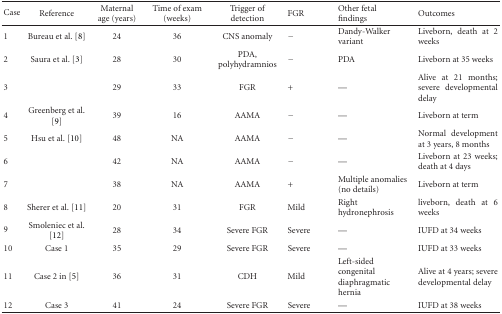
<table><thead><tr><td><b>Case</b></td><td><b>Reference</b></td><td><b>Maternal age (years)</b></td><td><b>Time of exam (weeks)</b></td><td><b>Trigger of detection</b></td><td><b>FGR</b></td><td><b>Other fetalfindings</b></td><td><b>Outcomes</b></td></tr></thead><tbody><tr><td>1</td><td>Bureau et al. [8]</td><td>24</td><td>36</td><td>CNS anomaly</td><td>−</td><td>Dandy-Walker variant</td><td>Liveborn, death at 2 weeks</td></tr><tr><td>2</td><td>Saura et al. [3]</td><td>28</td><td>30</td><td>PDA, polyhydramnios</td><td>−</td><td>PDA</td><td>Liveborn at 35 weeks</td></tr><tr><td>3</td><td>[EMPTY_CELL]</td><td>29</td><td>33</td><td>FGR</td><td>+</td><td>—</td><td>Alive at 21 months; severe developmental delay</td></tr><tr><td>4</td><td>Greenberg et al. [9]</td><td>39</td><td>16</td><td>AAMA</td><td>−</td><td>—</td><td>Liveborn at term</td></tr><tr><td>5</td><td>Hsu et al. [10]</td><td>48</td><td>NA</td><td>AAMA</td><td>−</td><td>—</td><td>Normal development at 3 years, 8 months</td></tr><tr><td>6</td><td>[EMPTY_CELL]</td><td>42</td><td>NA</td><td>AAMA</td><td>−</td><td>—</td><td>Liveborn at 23 weeks; death at 4 days</td></tr><tr><td>7</td><td>[EMPTY_CELL]</td><td>38</td><td>NA</td><td>AAMA</td><td>+</td><td>Multiple anomalies (no details)</td><td>Liveborn at term</td></tr><tr><td>8</td><td>Sherer et al. [11]</td><td>20</td><td>31</td><td>FGR</td><td>Mild</td><td>Right hydronephrosis</td><td>liveborn, death at 6 weeks</td></tr><tr><td>9</td><td>Smoleniec et al. [12]</td><td>28</td><td>34</td><td>Severe FGR</td><td>Severe</td><td>—</td><td>IUFD at 34 weeks</td></tr><tr><td>10</td><td>Case 1</td><td>35</td><td>29</td><td>Severe FGR</td><td>Severe</td><td>—</td><td>IUFD at 33 weeks</td></tr><tr><td>11</td><td>Case 2 in [5]</td><td>36</td><td>31</td><td>CDH</td><td>Mild</td><td>Left-sided congenital diaphragmatic hernia</td><td>Alive at 4 years; severe developmental delay</td></tr><tr><td>12</td><td>Case 3</td><td>41</td><td>24</td><td>Severe FGR</td><td>Severe</td><td>—</td><td>IUFD at 38 weeks</td></tr></tbody></table>